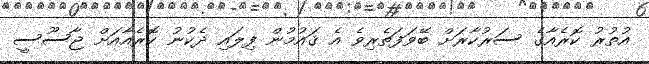
އުތުރު ކޮރެއާގެ ސަރުކާރަށް ބޭވަފަތެރިވެ އެ ޤައުމުން ފިލައި ދެކުނު ކޮރެއާއަށް ޖާސޫސީ